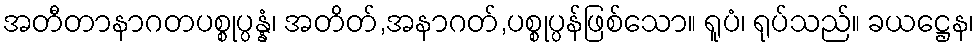
အတီတာနာဂတပစ္စုပ္ပန္နံ၊ အတိတ်,အနာဂတ်,ပစ္စုပ္ပန်ဖြစ်သော။ ရူပံ၊ ရုပ်သည်။ ခယဋ္ဌေန၊